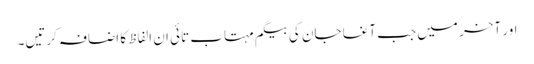
اور آخر میں جب آغا جان کی بیگم مہتاب تائی ان الفاظ کا اضافہ کرتیں۔